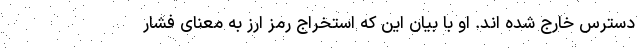
دسترس خارج شده اند. او با بیان این که استخراج رمز ارز به معنای فشار